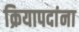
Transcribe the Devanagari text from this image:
क्रियापदांना